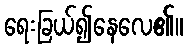
ရေးခြယ်၍နေလေ၏။